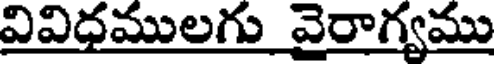
వివిధములగు వైరాగ్యము